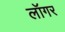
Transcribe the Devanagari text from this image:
लॉगर